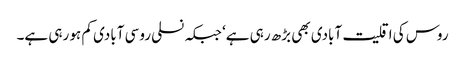
روس کی اقلیت آبادی بھی بڑھ رہی ہے‘ جبکہ نسلی روسی آبادی کم ہو رہی ہے۔